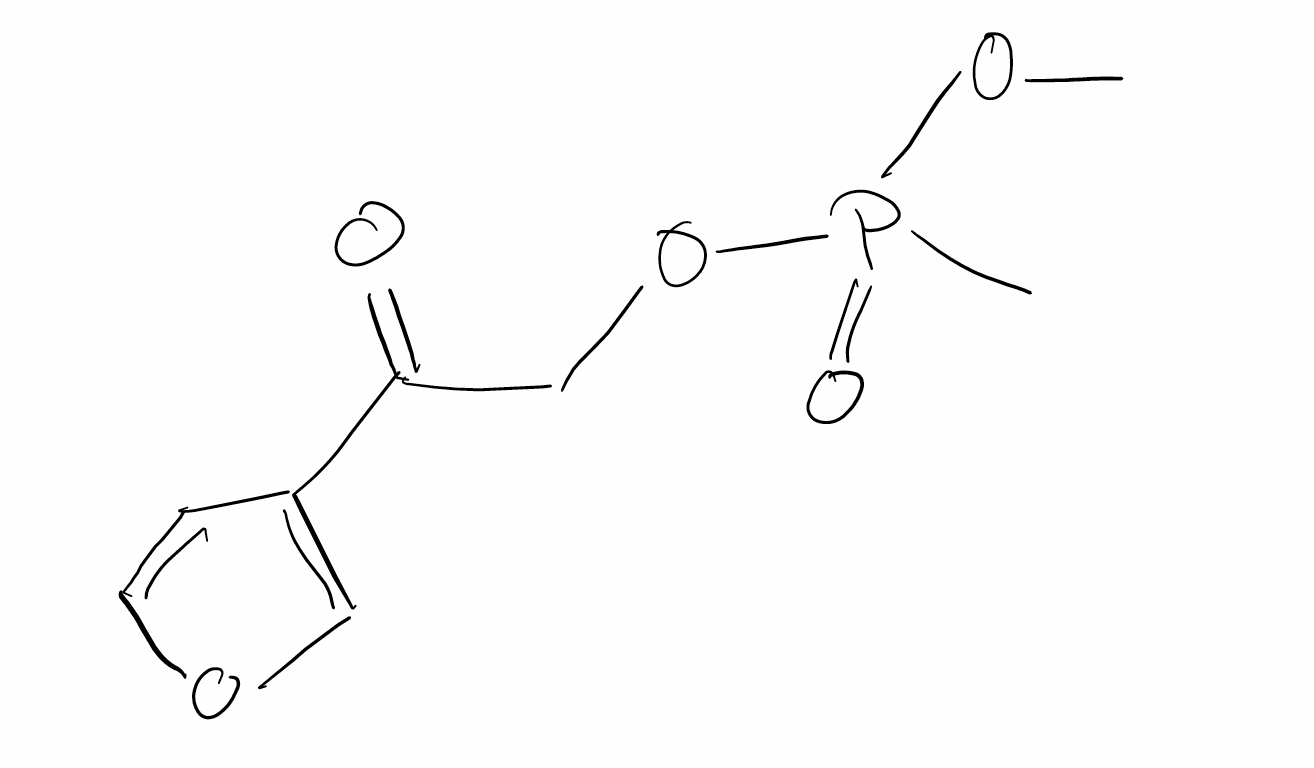
Simplified molecular-input line-entry system (SMILES) notation of the given molecule:
COP(=O)(C)OCC(=O)C1=COC=C1